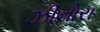
ઝીનોરા